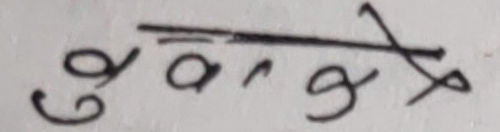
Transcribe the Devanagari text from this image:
कुवगेक्ष